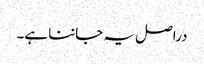
دراصل یہ جاننا ہے۔